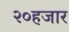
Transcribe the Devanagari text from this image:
२०हजार